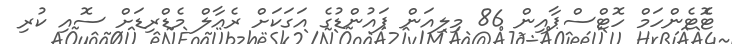
ޓޮެޓެންހަމް ހޮޓްސްޕާއިން 86 މިލިއަން ޕައުންޑުގެ އަގަކަށް ރެއާލް މެޑްރިޑަށް ސޮއި ކުރި